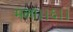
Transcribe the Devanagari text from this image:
मला।।६।।